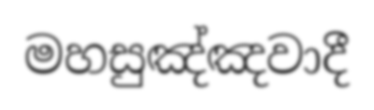
මහසුඤ්ඤවාදී